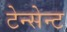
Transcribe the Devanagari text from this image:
टेन्सेन्ट